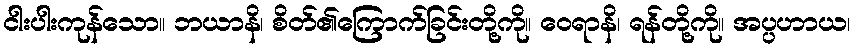
ငါးပါးကုန်သော။ ဘယာနိ၊ စိတ်၏ကြောက်ခြင်းတို့ကို။ ဝေရာနိ၊ ရန်တို့ကို။ အပ္ပဟာယ၊